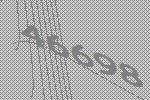
46698